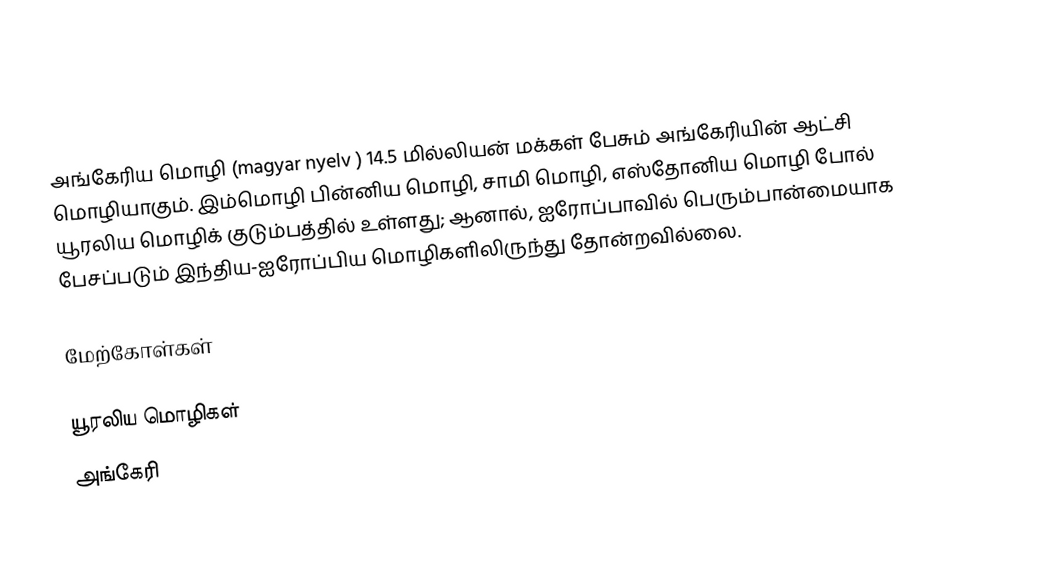
அங்கேரிய மொழி (magyar nyelv ) 14.5 மில்லியன் மக்கள் பேசும் அங்கேரியின் ஆட்சி மொழியாகும். இம்மொழி பின்னிய மொழி, சாமி மொழி, எஸ்தோனிய மொழி போல் யூரலிய மொழிக் குடும்பத்தில் உள்ளது; ஆனால், ஐரோப்பாவில் பெரும்பான்மையாக பேசப்படும் இந்திய-ஐரோப்பிய மொழிகளிலிருந்து தோன்றவில்லை.

மேற்கோள்கள்

யூரலிய மொழிகள்
அங்கேரி